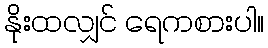
နိုးထလျှင် ရေကစားပါ။